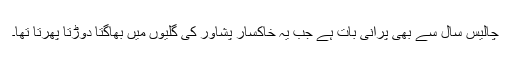
چالیس سال سے بھی پرانی بات ہے جب یہ خاکسار پشاور کی گلیوں میں بھاگتا دوڑتا پھرتا تھا۔